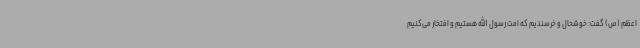
اعظم (ص) گفت: خوشحال و خرسندیم که امت رسول الله هستیم و افتخار می‌کنیم